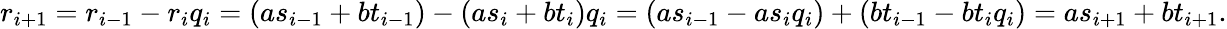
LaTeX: r_{i+1}=r_{i-1}-r_{i}q_{i}=(as_{i-1}+bt_{i-1})-(as_{i}+bt_{i})q_{i}=(as_{i-1}-as_{i}q_{i})+(bt_{i-1}-bt_{i}q_{i})=as_{i+1}+bt_{i+1}.